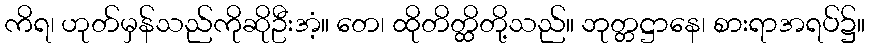
ကိရ၊ ဟုတ်မှန်သည်ကိုဆိုဦးအံ့။ တေ၊ ထိုတိတ္ထိတို့သည်။ ဘုတ္တဋ္ဌာနေ၊ စားရာအရပ်၌။